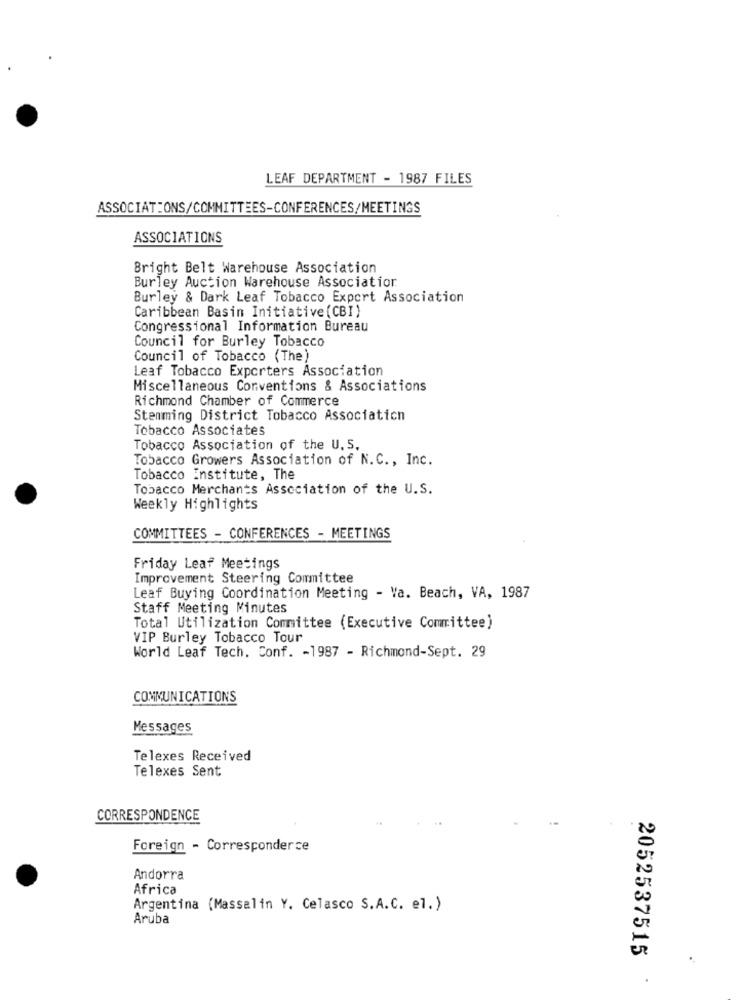
LEAF DEPARTMENT - 1987 FILES
ASSOCIATIONS/COMMITTEES-CONFERENCES/MEETINGS
ASSOCIATIONS
Bright Belt Warehouse Association
Burley Auction Warehouse Association
Burley & Dark Leaf Tobacco Export Association
Caribbean Basin Initiative(CBI)
Congressional Information Bureau
Council for Burley Tobacco
Council of Tobacco (The)
Leaf Tobacco Exporters Association
Miscellaneous Conventions & Associations
Richmond Chamber of Commerce
Stemming District Tobacco Associaticn
Tobacco Associates
Tobacco Association of the U. S.
Tobacco Growers Association of N.C ., Inc.
Tobacco Institute, The
Tobacco Merchants Association of the U.S.
Weekly Highlights
COMMITTEES - CONFERENCES - MEETINGS
Friday Leaf Meetings
Improvement Steering Committee
Leaf Buying Coordination Meeting - Va. Beach, VA, 1987
Staff Meeting Minutes
Total Utilization Committee (Executive Committee)
VIP Burley Tobacco Tour
World Leaf Tech. Conf. - 1987 - Richmond-Sept. 29
COMMUNICATIONS
Messages
Telexes Received
Telexes Sent
CORRESPONDENCE
Foreign - Corresponderce
Andorra
Africa
Argentina (Massalin Y. Celasco S.A.C. el.)
Aruba
2052537515